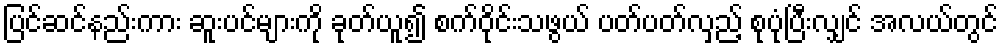
ပြင်ဆင်နည်းကား ဆူးပင်များကို ခုတ်ယူ၍ စက်ဝိုင်းသဖွယ် ပတ်ပတ်လှည့် စုပုံပြီးလျှင် အလယ်တွင်